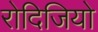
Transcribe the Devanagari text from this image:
रोदिजियो